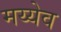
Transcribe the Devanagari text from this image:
मय्येव